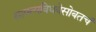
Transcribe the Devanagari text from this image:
सापत्यविधवेसोबतचं